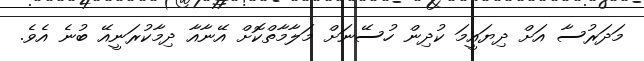
މަދަރުސާ އަށް ދިޔައީމަ ކުދިން ހުސޭނަށް މަލާމާތްކޮށް އޭނާއާ ދިމާކުރަނީއޭ ބުނެ އެވެ.